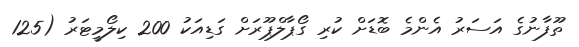
ތޫފާނުގެ އަސަރު އެންމެ ބޮޑަށް ކުރި ގޯޕާލްޕޫރަށް ގަޑިއަކު 200 ކިލޯމީޓަރު (125